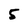
Character: 5